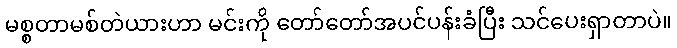
မစ္စတာမစ်တဲယားဟာ မင်းကို တော်တော်အပင်ပန်းခံပြီး သင်ပေးရှာတာပဲ။